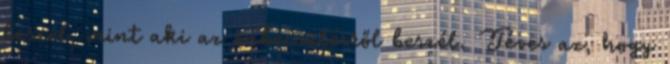
beszél, mint aki az önbecsülésről beszél. Téves az, hogy